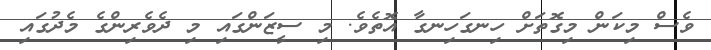
ވެސް މިކަން މިގޮތަށް ހިނގަހިނގާ އޮތެވެ. މި ސީޒަންގައި މި ދެވެރިންގެ މެދުގައި